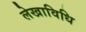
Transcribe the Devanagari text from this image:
लेखाविधि